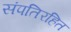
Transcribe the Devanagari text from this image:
संपतिरहित